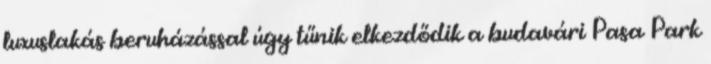
luxuslakás beruházással úgy tűnik elkezdődik a budavári Pasa Park